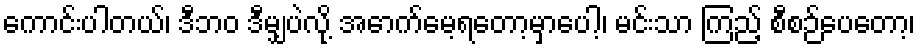
ကောင်းပါတယ်၊ ဒီဘဝ ဒီမျှပဲလို့ အောက်မေ့ရတော့မှာပေါ့၊ မင်းသာ ကြည့် စီစဉ်ပေတော့၊